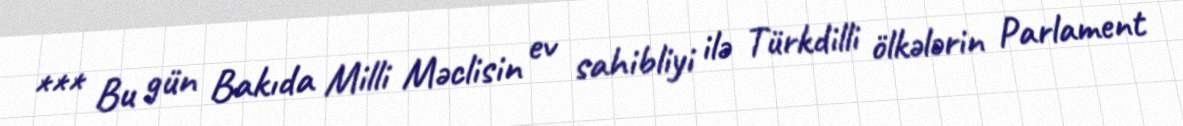
*** Bu gün Bakıda Milli Məclisin ev sahibliyi ilə Türkdilli ölkələrin Parlament